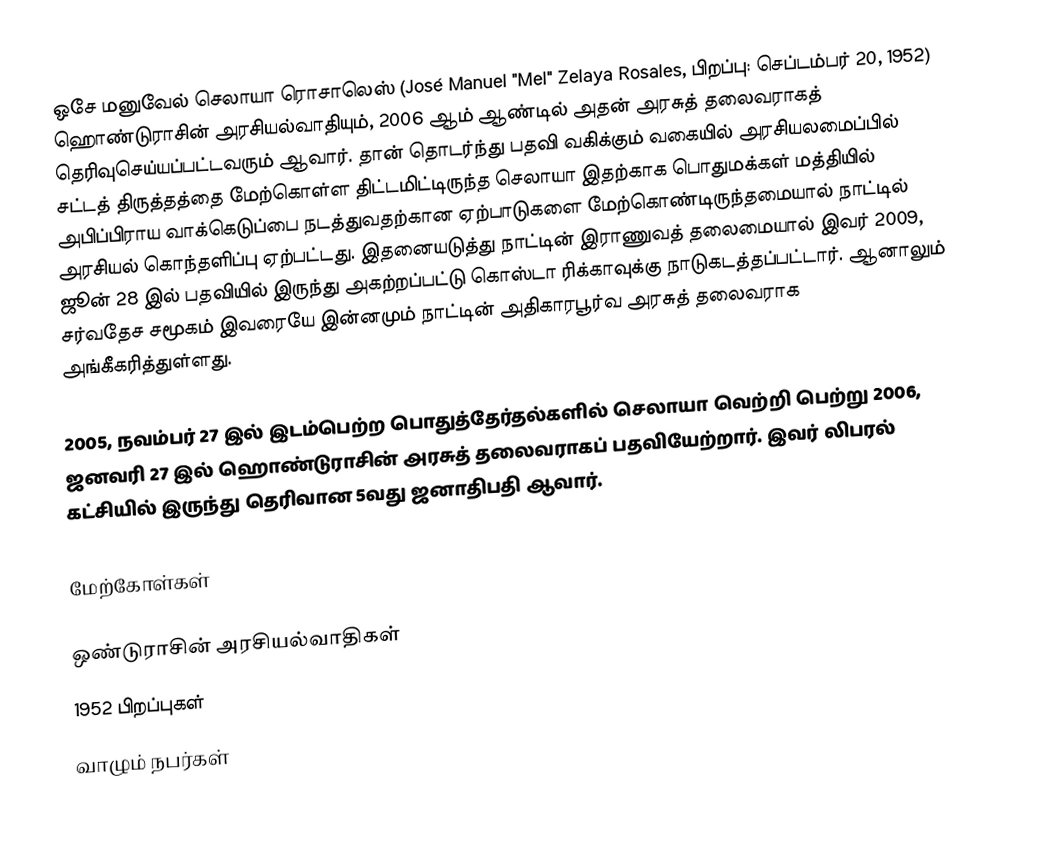
ஒசே மனுவேல் செலாயா ரொசாலெஸ் (José Manuel "Mel" Zelaya Rosales, பிறப்பு: செப்டம்பர் 20, 1952) ஹொண்டுராசின் அரசியல்வாதியும், 2006 ஆம் ஆண்டில் அதன் அரசுத் தலைவராகத் தெரிவுசெய்யப்பட்டவரும் ஆவார். தான் தொடர்ந்து பதவி வகிக்கும் வகையில் அரசியலமைப்பில் சட்டத் திருத்தத்தை மேற்கொள்ள திட்டமிட்டிருந்த செலாயா இதற்காக பொதுமக்கள் மத்தியில் அபிப்பிராய வாக்கெடுப்பை நடத்துவதற்கான ஏற்பாடுகளை மேற்கொண்டிருந்தமையால் நாட்டில் அரசியல் கொந்தளிப்பு ஏற்பட்டது. இதனையடுத்து நாட்டின் இராணுவத் தலைமையால் இவர் 2009, ஜூன் 28 இல் பதவியில் இருந்து அகற்றப்பட்டு கொஸ்டா ரிக்காவுக்கு நாடுகடத்தப்பட்டார். ஆனாலும் சர்வதேச சமூகம் இவரையே இன்னமும் நாட்டின் அதிகாரபூர்வ அரசுத் தலைவராக அங்கீகரித்துள்ளது.

2005, நவம்பர் 27 இல் இடம்பெற்ற பொதுத்தேர்தல்களில் செலாயா வெற்றி பெற்று 2006, ஜனவரி 27 இல் ஹொண்டுராசின் அரசுத் தலைவராகப் பதவியேற்றார். இவர் லிபரல் கட்சியில் இருந்து தெரிவான 5வது ஜனாதிபதி ஆவார்.

மேற்கோள்கள்

ஒண்டுராசின் அரசியல்வாதிகள்
1952 பிறப்புகள்
வாழும் நபர்கள்